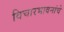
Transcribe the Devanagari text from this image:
विचारभावनांचे